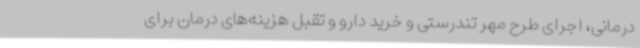
درمانی، اجرای طرح مهر تندرستی و خرید دارو و تقبل هزینه‌های درمان برای